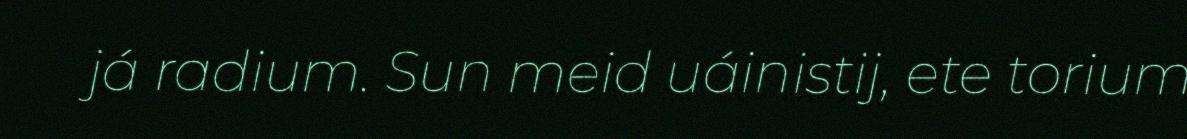
já radium. Sun meid uáinistij, ete torium